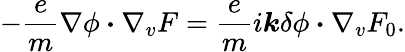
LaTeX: -\frac{e}{m}\nabla\phi\boldsymbol{\cdot}\nabla_{v}F=\frac{e}{m}i\boldsymbol{k}\delta\phi\boldsymbol{\cdot}\nabla_{v}F_{0}.